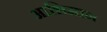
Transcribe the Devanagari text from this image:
आभिमान